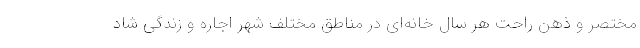
مختصر و ذهن راحت هر سال خانه‌ای در مناطق مختلف شهر اجاره و زندگی شاد